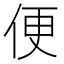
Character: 便